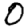
Digit: 0